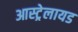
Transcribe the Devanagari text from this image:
आस्ट्रेलायड